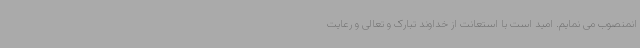
انمنصوب می نمایم. امید است با استعانت از خداوند تبارک و تعالی و رعایت